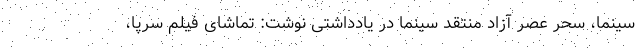
سینما، سحر عصر آزاد منتقد سینما در یادداشتی نوشت: تماشای فیلم‌ سرپا،